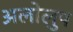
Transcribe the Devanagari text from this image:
अलोलुप